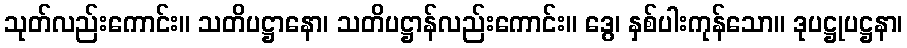
သုတ်လည်းကောင်း။ သတိပဋ္ဌာနော၊ သတိပဋ္ဌာန်လည်းကောင်း။ ဒွေ၊ နှစ်ပါးကုန်သော။ ဒုပဋ္ဌုပဋ္ဌနာ၊